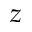
z